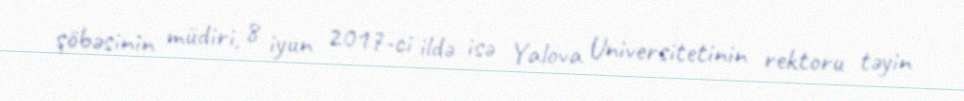
şöbəsinin müdiri, 8 iyun 2017-ci ildə isə Yalova Universitetinin rektoru təyin